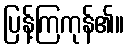
ပြန့်ကြကုန်၏။